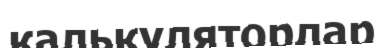
калькуляторлар